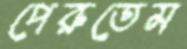
পেরুতেম